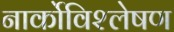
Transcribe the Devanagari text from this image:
नार्कोविश्लेषण